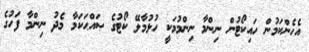
އެހެންކަމުން ހައިކޯޓުން ނިންމާ ނިންމުމަކީ ހުޅުމާލޭ ކޯޓުގެ ޞައްޙަކަމާ މެދު ނިންމާ ފަހުގެ